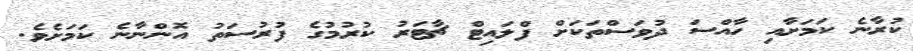
ކުރާނެ ކަމަށާއި ހާއްސަ ދުވަސްތަކަށް ފްލައިޓް ޗާޓަރު ކުރުމުގެ ފުރުސަތު އޮންނާނެ ކަމަށެވެ.